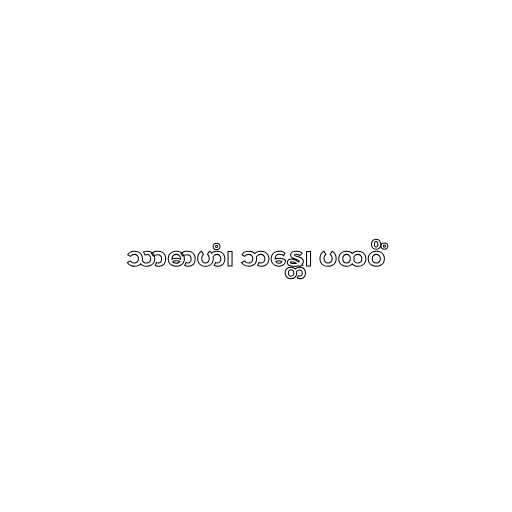
သာဓာဟံ၊ ဘန္တေ၊ ပထဝိံ